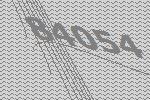
84054